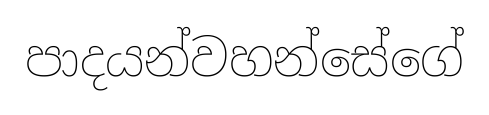
පාදයන්වහන්සේගේ